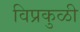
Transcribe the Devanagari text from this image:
विप्रकुळी